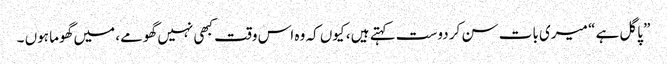
” پاگل ہے “ میری بات سن کر دوست کہتے ہیں ، کیوں کہ وہ اس وقت کبھی نہیں گھومے، میں گھوما ہوں ۔